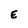
Character: E